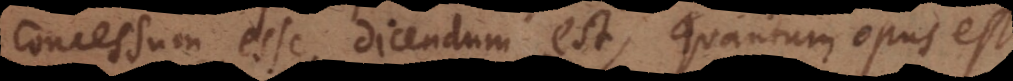
concessum esse dicendum est, quantum opus est